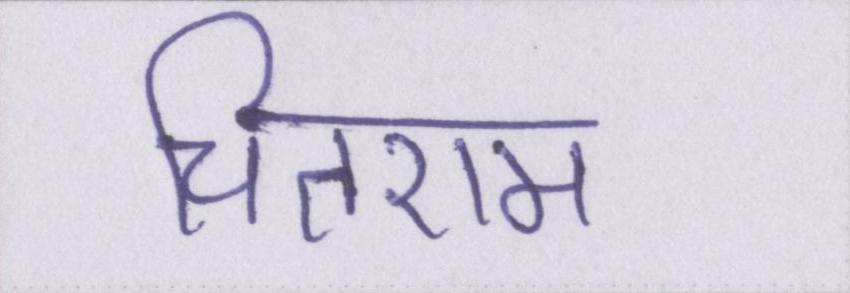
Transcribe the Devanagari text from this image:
चितराम